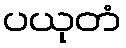
ပယုတံ